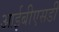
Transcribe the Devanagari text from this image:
आईबीएसडी